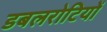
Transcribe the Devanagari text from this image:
डबलरोटियों